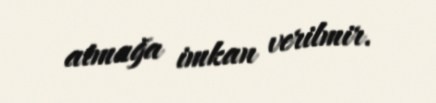
atmağa imkan verilmir.